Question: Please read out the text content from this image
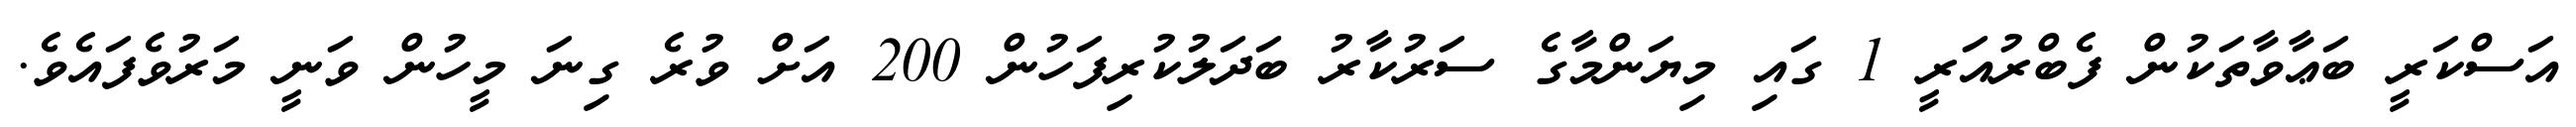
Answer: އަސްކަރީ ބަޢާވާތަކުން ފެބްރުއަރީ 1 ގައި މިޔަންމާގެ ސަރުކާރު ބަދަލުކުރިފަހުން 200 އަށް ވުރެ ގިނަ މީހުން ވަނީ މަރުވެފައެވެ.